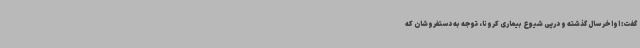
گفت: اواخر سال گذشته و درپی شیوع بیماری کرونا، توجه به دستفروشان که